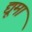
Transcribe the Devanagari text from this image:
द्यूमा